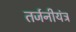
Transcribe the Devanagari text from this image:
तर्जनीयंत्र